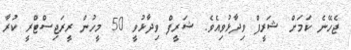
ޖެހޭނެ ކަމަށް ޝަރީފް ވިދާޅުވިއެވެ. ޝަރީފް ވިދާޅުވީ 50 މީހުން ރީރަޖިސްޓްރީ ކުރާ